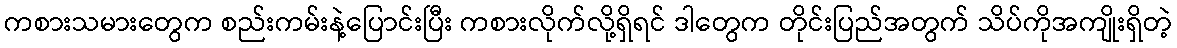
ကစားသမားတွေက စည်းကမ်းနဲ့ပြောင်းပြီး ကစားလိုက်လို့ရှိရင် ဒါတွေက တိုင်းပြည်အတွက် သိပ်ကိုအကျိုးရှိတဲ့